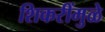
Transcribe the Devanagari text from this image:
शिकरींमुळे